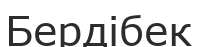
Бердібек